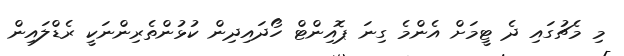
މި މެޗުގައި ދެ ޓީމަށް އެންމެ ގިނަ ޕޮއިންޓް ހޯދައިދިން ކުޅުންތެރިންނަކީ ރެޑްލައިން